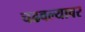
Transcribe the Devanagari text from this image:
चढवल्यावर